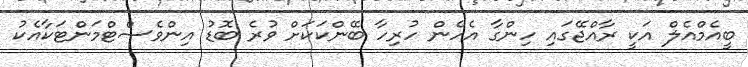
ބީއެމްއެލް އަކީ ރާއްޖޭގައި ހިންގާ އެހެން ހުރިހާ ބޭންކަކަށް ވުރެ ބޮޑު އިންވެސްޓްމަންޓަކާއެކު